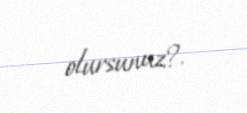
olursunuz?.